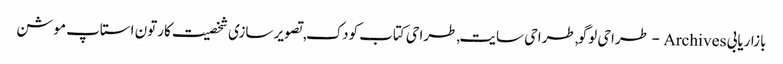
بازاریابی Archives - طراحی لوگو,طراحی سایت,طراحی کتاب کودک,تصویر سازی شخصیت کارتون استاپ موشن